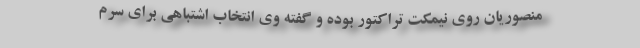
منصوریان روی نیمکت تراکتور بوده و گفته وی انتخاب اشتباهی برای سرم